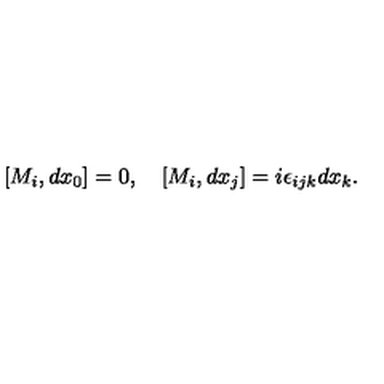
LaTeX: [ M _ { i } , d x _ { 0 } ] = 0 , \quad [ M _ { i } , d x _ { j } ] = i \epsilon _ { i j k } d x _ { k } .